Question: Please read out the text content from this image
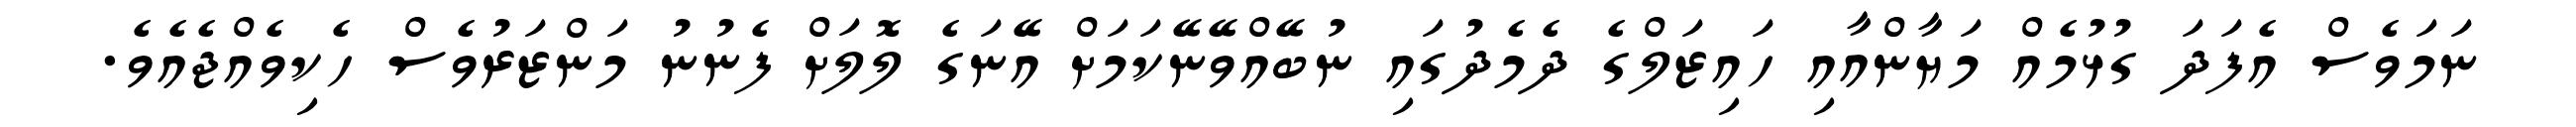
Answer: ނަމަވެސް އެފަދަ ގުޅުމެއް މަޔާންއާއި ހައިޒަލްގެ ދެމެދުގައި ނުބޭއްވޭނޭކަމަށް އޭނަގެ ލޮލަށް ފެނުނު މަންޒަރުވެސް ހެކިވެއްޖެއެވެ.